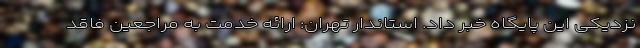
نزدیکی این پایگاه خبر داد. استاندار تهران: ارائه خدمت به مراجعین فاقد